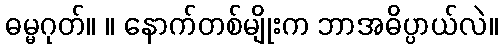
ဓမ္မဂုတ်။ ။ နောက်တစ်မျိုးက ဘာအဓိပ္ပာယ်လဲ။